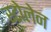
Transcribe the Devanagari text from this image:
स्टोलेन